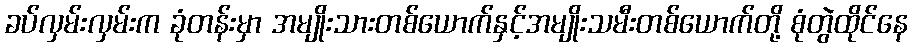
ခပ်လှမ်းလှမ်းက ခုံတန်းမှာ အမျိုးသားတစ်ယောက်နှင့်အမျိုးသမီးတစ်ယောက်တို့ စုံတွဲထိုင်နေ